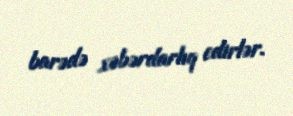
barədə xəbərdarlıq edirlər.